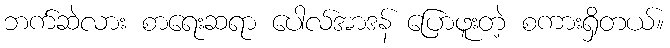
ဘက်ဆဲလား စာရေးဆရာ ပေါလ်အာဒန် ပြောဖူးတဲ့ စကားရှိတယ်။